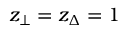
z _ { \bot } = z _ { \Delta } = 1